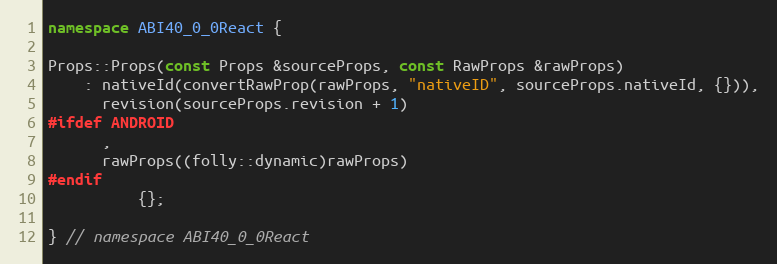
Language: C++
namespace ABI40_0_0React {

Props::Props(const Props &sourceProps, const RawProps &rawProps)
    : nativeId(convertRawProp(rawProps, "nativeID", sourceProps.nativeId, {})),
      revision(sourceProps.revision + 1)
#ifdef ANDROID
      ,
      rawProps((folly::dynamic)rawProps)
#endif
          {};

} // namespace ABI40_0_0React